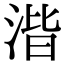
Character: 湝